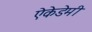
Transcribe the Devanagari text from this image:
ऐकेडेमी